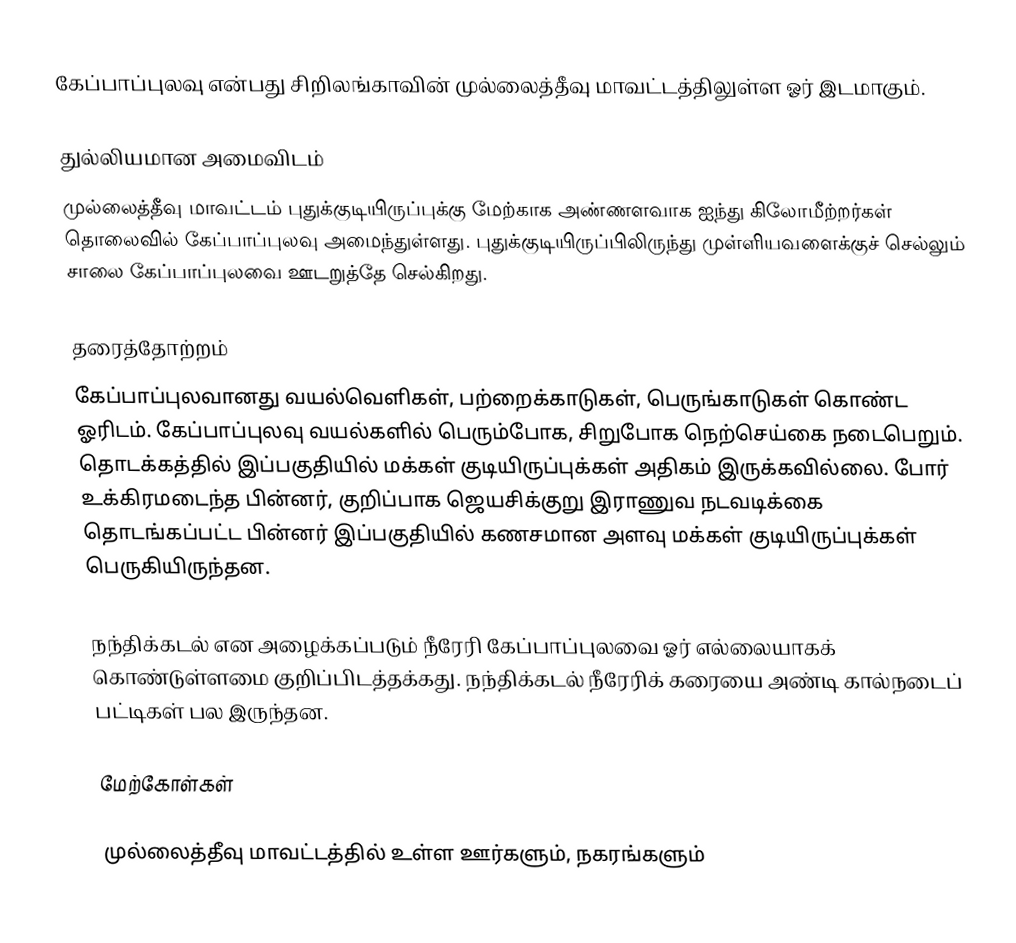
கேப்பாப்புலவு என்பது சிறிலங்காவின் முல்லைத்தீவு மாவட்டத்திலுள்ள ஓர் இடமாகும்.

துல்லியமான அமைவிடம்
முல்லைத்தீவு மாவட்டம் புதுக்குடியிருப்புக்கு மேற்காக அண்ணளவாக ஐந்து கிலோமீற்றர்கள் தொலைவில் கேப்பாப்புலவு அமைந்துள்ளது. புதுக்குடியிருப்பிலிருந்து முள்ளியவளைக்குச் செல்லும் சாலை கேப்பாப்புலவை ஊடறுத்தே செல்கிறது.

தரைத்தோற்றம்
கேப்பாப்புலவானது வயல்வெளிகள், பற்றைக்காடுகள், பெருங்காடுகள் கொண்ட ஓரிடம். கேப்பாப்புலவு வயல்களில் பெரும்போக, சிறுபோக நெற்செய்கை நடைபெறும். தொடக்கத்தில் இப்பகுதியில் மக்கள் குடியிருப்புக்கள் அதிகம் இருக்கவில்லை. போர் உக்கிரமடைந்த பின்னர், குறிப்பாக ஜெயசிக்குறு இராணுவ நடவடிக்கை தொடங்கப்பட்ட பின்னர் இப்பகுதியில் கணசமான அளவு மக்கள் குடியிருப்புக்கள் பெருகியிருந்தன.

நந்திக்கடல் என அழைக்கப்படும் நீரேரி கேப்பாப்புலவை ஓர் எல்லையாகக் கொண்டுள்ளமை குறிப்பிடத்தக்கது. நந்திக்கடல் நீரேரிக் கரையை அண்டி கால்நடைப் பட்டிகள் பல இருந்தன.

மேற்கோள்கள்

முல்லைத்தீவு மாவட்டத்தில் உள்ள ஊர்களும், நகரங்களும்